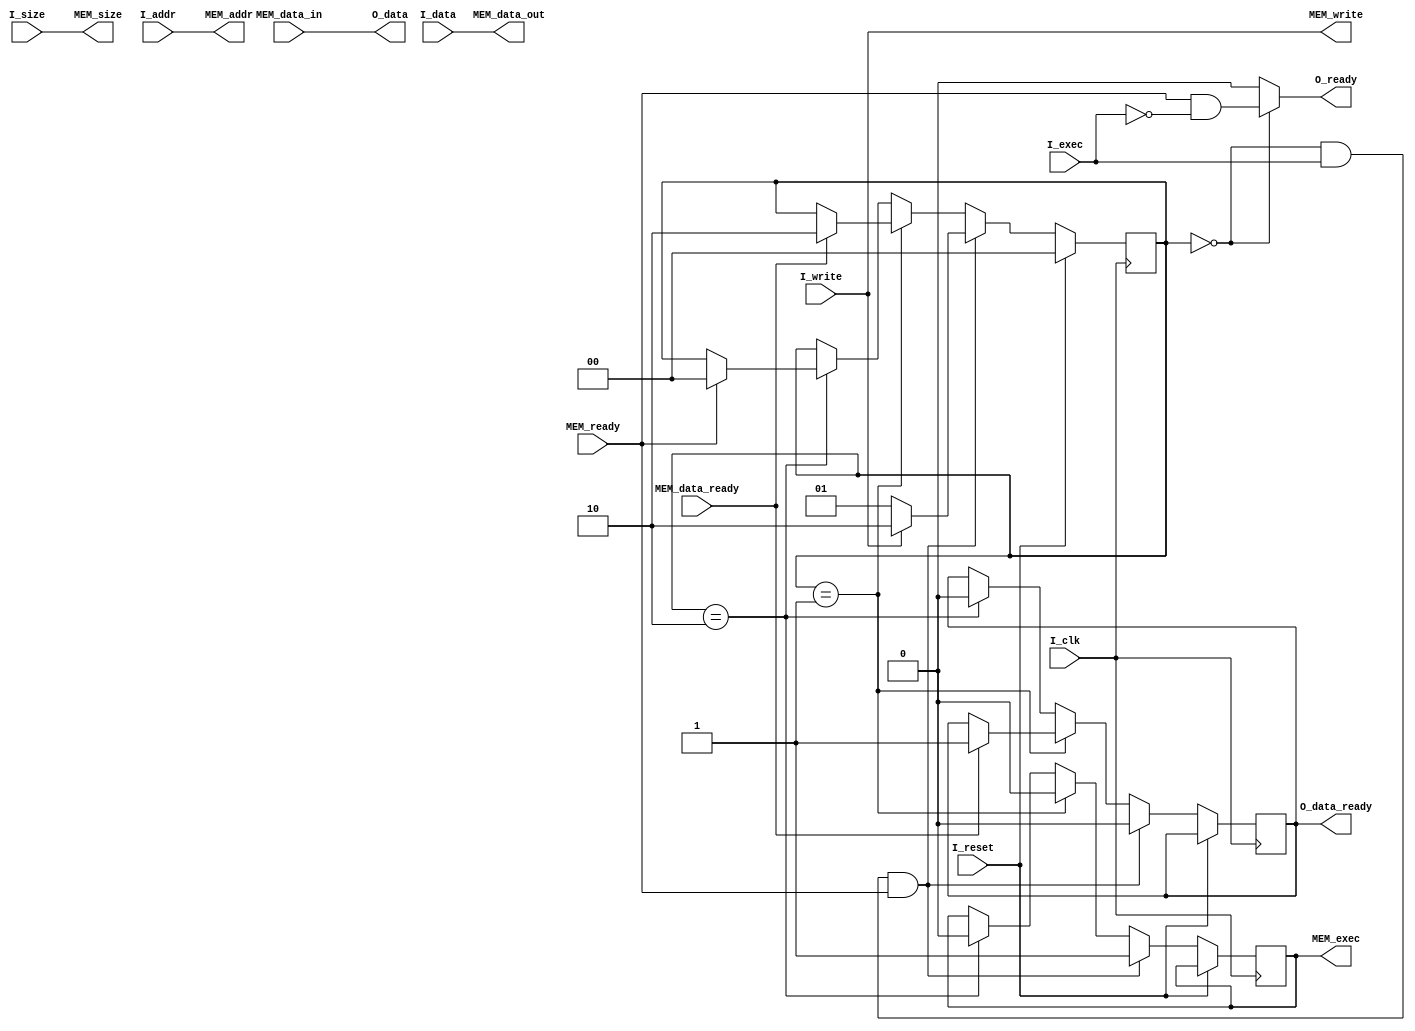
module mem_ctrl(input wire I_clk,
    input wire I_reset, 
    input wire I_exec,
    input wire I_write,
    input wire[1:0] I_size,
    input wire[15:0] I_addr, 
    input wire[15:0] I_data,
    input wire MEM_ready,
    input wire[15:0] MEM_data_in,
    input wire MEM_data_ready,
    output reg[15:0] O_data, 
    output reg O_data_ready,
    output reg O_ready,
    output reg MEM_exec,
    output reg MEM_write,
    output reg[15:0] MEM_addr,
    output reg[1:0] MEM_size,
    output reg[15:0] MEM_data_out);

reg[1:0] state = 0;

always @(*)
begin
    MEM_addr = I_addr;
    MEM_write = I_write;
    MEM_size = I_size;
    MEM_data_out = I_data;
    O_data = MEM_data_in;

    if (state == 0)
    begin
        O_ready = MEM_ready && !I_exec;
    end
    else
    begin
        O_ready = 0;
    end
end

always @(posedge I_clk)
begin: MEM_CTRL
    if (I_reset == 1) begin
        state <= 0;
    end
    else begin
        if (state == 0 && I_exec == 1 && MEM_ready == 1) 
        begin
            O_data_ready <= 0;
            MEM_exec <= 1;
            if (I_write == 1) 
            begin
                state <= 2;
            end
            else
            begin
                state <= 1;
            end
        end
        else if (state == 1)
        begin
            MEM_exec <= 0;
            if (MEM_data_ready == 1)
            begin
                O_data_ready <= 1;
                state <= 2; // clear data_ready and check MEM_ready
            end
        end
        else if (state == 2)
        begin
            MEM_exec <= 0;
            O_data_ready <= 0;
            if (MEM_ready == 1)
            begin
                state <= 0;
            end
        end
    end
end

endmodule